Vaccine operations Central Provinces 1886-1899 - 1886-1899
Year: 1886
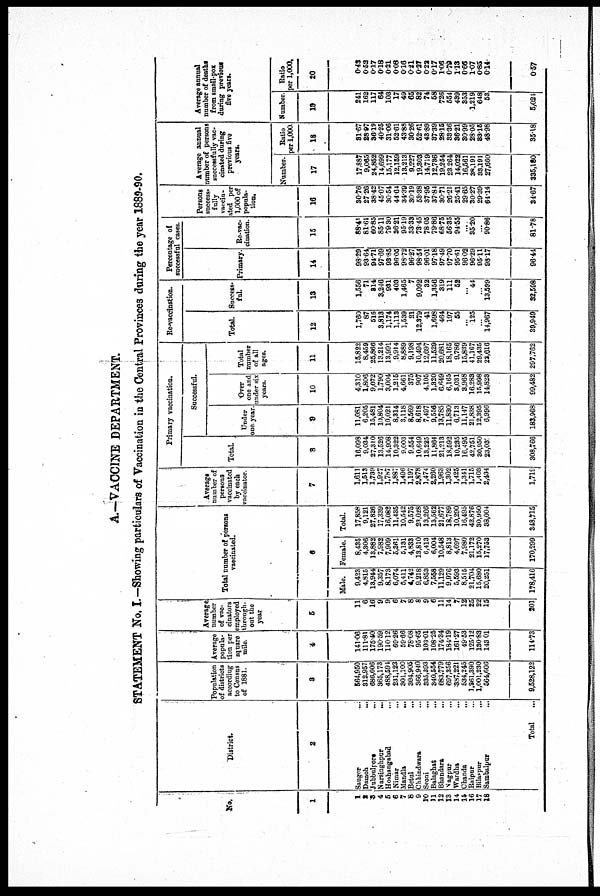
A.—VACCINE DEPARTMENT.
STATEMENT No. I.—Showing particulars of Vaccination in the Central Provinces during the year 1889-90.
No.
1
1
2
3
4
5
6
7
8
9
10
11
12
13
14
15
16 17
18
District.
2
Saugor
...
Damoh
...
Jubbulpore
...
Narsinghpur
...
Hoshangabad
...
Nimar ...
Mandla
...
Betul ...
Chhindwara ...
Seoni
...
Balaghat ...
Bhandara
...
Nagpur ...
Wardha ...
Chanda ...
Raipur ...
Bilaspur
...
Sambalpur ...
Total
...
Population
of districts
according
to Census
of 1881.
3
564,950
312,957
686,606
365,173
488,591
231,123
301,100
304,905
366,940
335,393
340,554
683,779
697,356
387,221
534,245
1,361,390
1,001,230
564,606
9,528,122
Average
popula-
tion per
square
mile.
4
141.06
111.81
175.40
190.59
110.12
69.26
59.66
78.08
95.65
103.01
108.25
174.34
184.19
161.27
49.53
125.12
130.83
143.01
114.73
Average
number
of vac-
cinators
employed
through-
out the
year
5
11
6
16
9
9
6
7
8
8
9
6
11
14
7
12
25
22
15
201
Total number of persons
vaccinated.
6
Male.
9,423
4,815
13,944
9,357
8,173
6,074
5,411
4,742
9,218
6,853
7,558
11,129
9,976
5,593
8,515
21,704
15,680
20,251
178,416
Female.
8,435
4,306
13,882
7,982
7,909
5,361
5,131
4,833
13,810
6,413
6,004
10,548
8,813
4,697
7,980
21,172
15,270
17,753
170,299
Total.
17,858
9,121
27,826
17,339
16,082
11,435
10,542
9,575
23,028
13,266
13,562
21,677
18,789
10,290
16,495
42,876
30,950
38,004
348,715
Average
number of
persons
vaccinated
by each
vaccinator.
7
1,611
1,513
1,739
1,927
1,787
1,887
1,496
1,197
2,878
1,474
2,260
1,963
1,302
1,425
1,341
1,715
1,403
2,434
1,719
Primary vaccination.
Total.
8
16,098
9,034
27,310
13,526
14,908
10,322
9,003
9,554
10,649
13,225
11,864
21,213
18,592
10,235
16,495
42,751
30,950
23,031
308,766
Successful.
Under
one year.
9
11,081
6,205
15,481
10,804
10,021
8,314
3,118
8,569
8,618
7,497
9,556
13,785
11,830
6,713
11,147
21,838
12,395
6,996
183,968
Over
one and
under six
years.
10
4,310
1,806
9,072
1,790
3,004
1,215
4,661
375
907
4,105
1,320
6,649
6,165
3,031
3,968
16,283
15,998
14,823
99,482
Total
number
of all
ages.
11
15,822
8,459
25,866
13,214
13,991
9,914
8,889
9,198
10,494
12,697
11,529
20,681
18,165
9,786
15,839
41,167
29,435
22,616
297,762
Re-vaccination.
Total.
12
1,760
87
516
3,813
1,174
1,113
1,539
21
12,379
41
1,698
464
197
55
...
125
...
14,967
39,949
Success-
ful.
13
1,556
71
314
3,246
931
403
1,465
7
9,092
32
1,356
319
111
52
...
44
...
13,599
32,598
Percentage of
successful cases.
Primary.
14
98.29
93.64
94.71
97.69
93.85
96.05
98.72
96.27
98.54
96.01
97.18
97.49
97.70
95.61
96.02
96.29
95.11
98.17
96.44
Re-vac-
cination.
15
88.41
81.61
60.85
85.11
79.30
36.21
95.19
33.33
73.45
78.05
79.86
68.75
56.35
94.55
....
35.20
...
90.86
81.78
Persons
success-
fully
vaccin-
ated per
1,000 of
popula-
tion.
16
30.76
27.26
38.42
45.07
30.54
44.64
34.39
30.19
53.38
37.95
37.84
30.71
26.21
25.41
29.65
30.27
29.39
64.14
34.67
Average annual
number of persons
successfully vac-
cinated during
previous five
years.
Number.
17
17,887
9,065
24,852
14,699
15,177
12,159
13,213
9,227
19,303
14,719
12,736
19,254
23,264
14,022
16,561
38,191
33,191
27,660
335,180
Ratio
per 1,000
18
31.67
28.97
36.19
40.25
31.06
52.61
43.88
30.26
52.61
43.89
37.39
28.15
33.36
36.21
30.99
28.05
33.15
48.98
35.18
Average annual
number of deaths
from small-pox
during previous
five years.
Number.
19
241
162
117
64
103
17
49
65
82
74
58
726
554
439
353
1,219
648
53
5,021
Ratio
per 1,000.
20
0.43
0.52
0.17
0.18
0.21
0.08
0.16
0.21
0.27
0.22
0.17
1.06
0.79
1.13
0.66
1.07
0.85
0.14
0.57